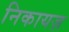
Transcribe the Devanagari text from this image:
निकायज़